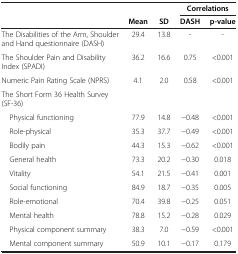
<table><thead><tr><td><b> </b></td><td><b> </b></td><td><b> </b></td><td colspan="2"><b>Correlations</b></td></tr><tr><td><b> </b></td><td><b>Mean</b></td><td><b>SD</b></td><td><b>DASH</b></td><td><b>p-value</b></td></tr></thead><tbody><tr><td>The Disabilities of the Arm, Shoulder and Hand questionnaire (DASH)</td><td>29.4</td><td>13.8</td><td>-</td><td>-</td></tr><tr><td>The Shoulder Pain and Disability Index (SPADI)</td><td>36.2</td><td>16.6</td><td>0.75</td><td>&lt;0.001</td></tr><tr><td>Numeric Pain Rating Scale (NPRS)</td><td>4.1</td><td>2.0</td><td>0.58</td><td>&lt;0.001</td></tr><tr><td>The Short Form 36 Health Survey (SF-36)</td><td> </td><td> </td><td> </td><td> </td></tr><tr><td> Physical functioning</td><td>77.9</td><td>14.8</td><td>-0.48</td><td>&lt;0.001</td></tr><tr><td> Role-physical</td><td>35.3</td><td>37.7</td><td>-0.49</td><td>&lt;0.001</td></tr><tr><td> Bodily pain</td><td>44.3</td><td>15.3</td><td>-0.62</td><td>&lt;0.001</td></tr><tr><td> General health</td><td>73.3</td><td>20.2</td><td>-0.30</td><td>0.018</td></tr><tr><td> Vitality</td><td>54.1</td><td>21.5</td><td>-0.41</td><td>0.001</td></tr><tr><td> Social functioning</td><td>84.9</td><td>18.7</td><td>-0.35</td><td>0.005</td></tr><tr><td> Role-emotional</td><td>70.4</td><td>39.8</td><td>-0.25</td><td>0.051</td></tr><tr><td> Mental health</td><td>78.8</td><td>15.2</td><td>-0.28</td><td>0.029</td></tr><tr><td> Physical component summary</td><td>38.3</td><td>7.0</td><td>-0.59</td><td>&lt;0.001</td></tr><tr><td> Mental component summary</td><td>50.9</td><td>10.1</td><td>-0.17</td><td>0.179</td></tr></tbody></table>